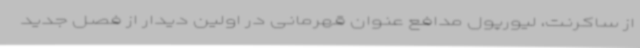
از ساکرنت، لیورپول مدافع عنوان قهرمانی در اولین دیدار از فصل جدید